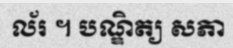
ល័រ ។ បណ្ឌិត្យ សភា